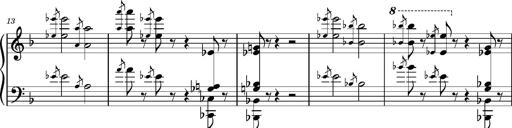
Title: Dante fragment, S.701e
Composer: Franz Liszt
Key: D minor